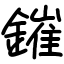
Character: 鏙